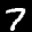
Label: 7